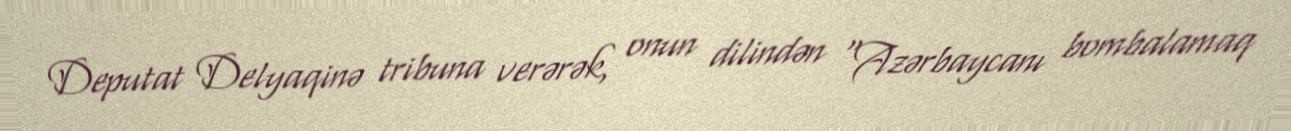
Deputat Delyaqinə tribuna verərək, onun dilindən “Azərbaycanı bombalamaq